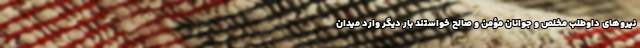
نیروهای داوطلبِ مخلص و جوانان مؤمن و صالح خواستند بار دیگر وارد میدان